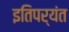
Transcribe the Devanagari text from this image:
इतिपर्यंत